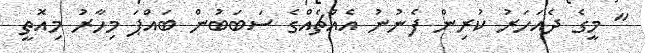
" މީގެ ދެއަހަރު ކުރިން ފެނުނު އެއްޗެއްގެ ސަބަބުން ބައްޕަ މިހާރު މިއޮތީ